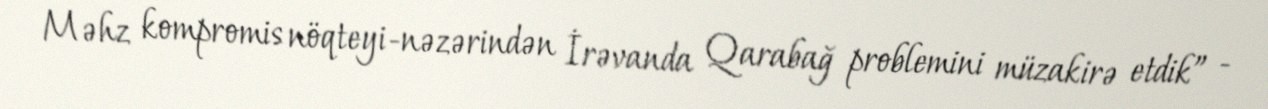
Məhz kompromis nöqteyi-nəzərindən İrəvanda Qarabağ problemini müzakirə etdik” -